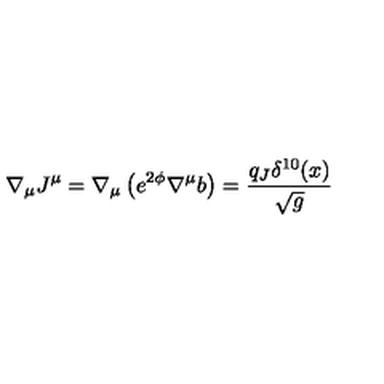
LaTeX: \nabla _ { \mu } J ^ { \mu } = \nabla _ { \mu } \left( e ^ { 2 \phi } \nabla ^ { \mu } b \right) = \frac { q _ { J } \delta ^ { 1 0 } ( x ) } { \sqrt { g } }